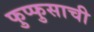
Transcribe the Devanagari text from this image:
फुप्फुसाची